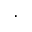
\cdot